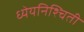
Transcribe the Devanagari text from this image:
ध्येयनिश्चिती